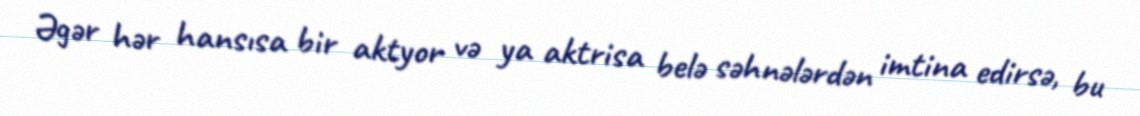
Əgər hər hansısa bir aktyor və ya aktrisa belə səhnələrdən imtina edirsə, bu